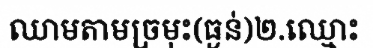
ឈាមតាមច្រមុះ(ធ្ងន់)២.ឈ្មោះ